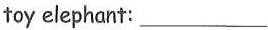
toy elephant: ___